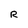
Character: R